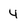
Character: 4